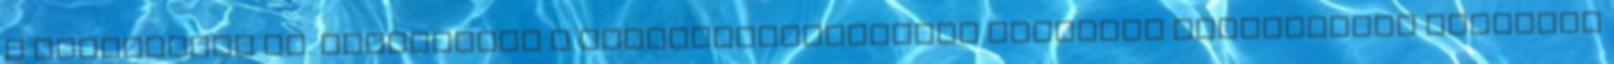
a véleményem is. Amennyiben a minőségbiztosítási rendszer bevezetését követően